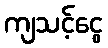
ကျသင့်ငွေ